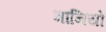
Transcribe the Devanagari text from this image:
मानियो